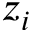
z _ { i }